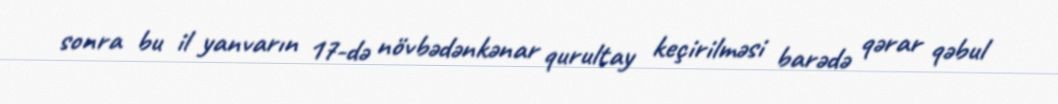
sonra bu il yanvarın 17-də növbədənkənar qurultay keçirilməsi barədə qərar qəbul